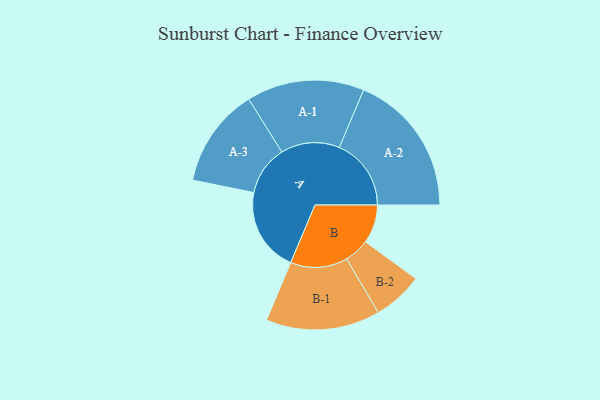
{"axis": {"x": "Segment", "y": "Value"}, "legend": ["", "A", "B"], "data": [{"x": "A", "y": 342, "type": ""}, {"x": "B", "y": 157, "type": ""}, {"x": "A-1", "y": 239, "type": "A"}, {"x": "A-2", "y": 292, "type": "A"}, {"x": "A-3", "y": 202, "type": "A"}, {"x": "B-1", "y": 232, "type": "B"}, {"x": "B-2", "y": 102, "type": "B"}]}